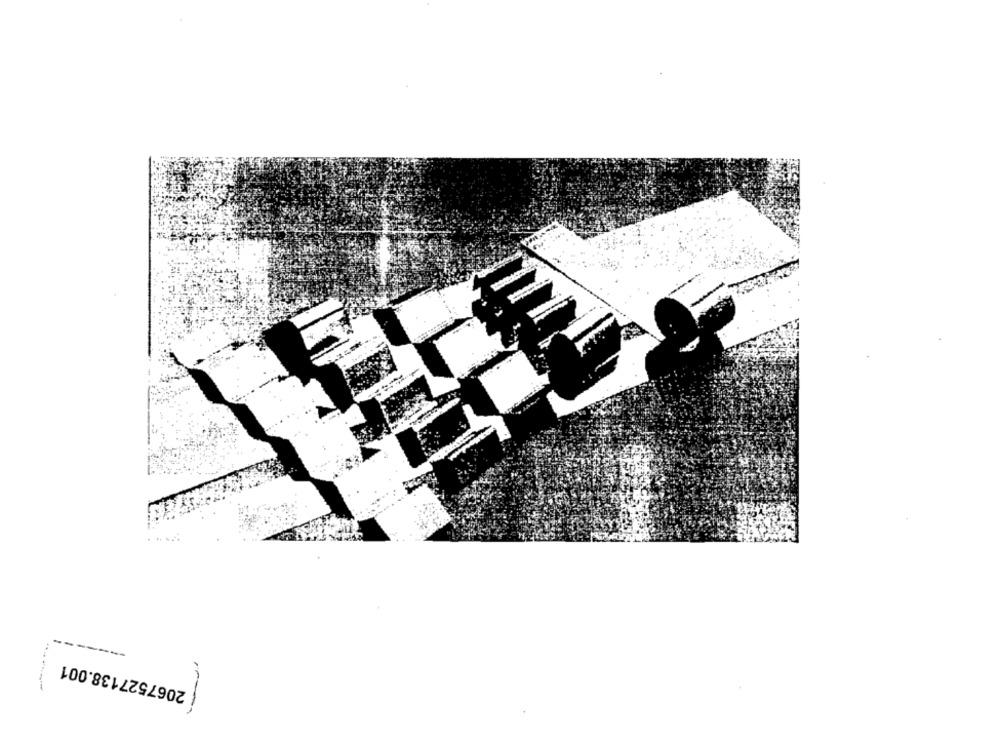
---
2067527138.001